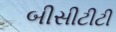
બીસીટીટી